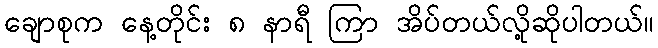
ချောစုက နေ့တိုင်း ၈ နာရီ ကြာ အိပ်တယ်လို့ဆိုပါတယ်။